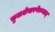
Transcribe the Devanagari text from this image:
कुलशेखरपेरुमाल्